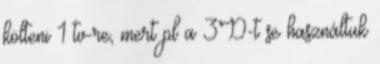
költeni 1 tv-re, mert pl a 3D-t se használtuk